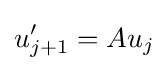
u_{j+1}'=Au_{j}